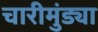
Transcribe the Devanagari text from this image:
चारीमुंड्या